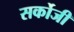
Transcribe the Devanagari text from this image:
सर्कोजी